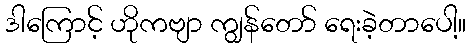
ဒါကြောင့် ဟိုကဗျာ ကျွန်တော် ရေးခဲ့တာပေါ့။